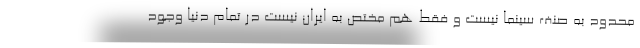
محدود به صنف سینما نیست و فقط هم مختص به ایران نیست در تمام دنیا وجود